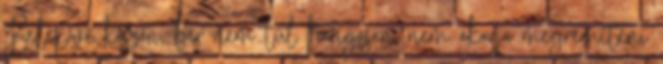
Belépve köszön, bár nem túl hangosan, nem akarja megrémíteni